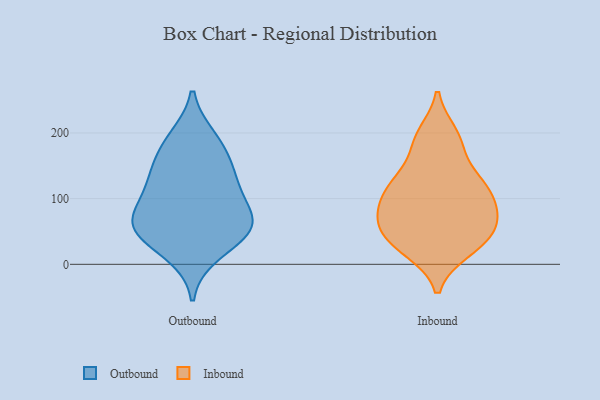
{"axis": {"x": "Population (Million)", "y": "Value"}, "legend": ["Inbound", "Outbound"], "data": [{"x": "", "y": 62, "type": "Outbound"}, {"x": "", "y": 54, "type": "Outbound"}, {"x": "", "y": 50, "type": "Outbound"}, {"x": "", "y": 127, "type": "Outbound"}, {"x": "", "y": 191, "type": "Outbound"}, {"x": "", "y": 17, "type": "Outbound"}, {"x": "", "y": 58, "type": "Outbound"}, {"x": "", "y": 98, "type": "Outbound"}, {"x": "", "y": 65, "type": "Outbound"}, {"x": "", "y": 122, "type": "Outbound"}, {"x": "", "y": 180, "type": "Outbound"}, {"x": "", "y": 150, "type": "Outbound"}, {"x": "", "y": 49, "type": "Inbound"}, {"x": "", "y": 123, "type": "Inbound"}, {"x": "", "y": 25, "type": "Inbound"}, {"x": "", "y": 119, "type": "Inbound"}, {"x": "", "y": 121, "type": "Inbound"}, {"x": "", "y": 31, "type": "Inbound"}, {"x": "", "y": 111, "type": "Inbound"}, {"x": "", "y": 183, "type": "Inbound"}, {"x": "", "y": 73, "type": "Inbound"}, {"x": "", "y": 189, "type": "Inbound"}, {"x": "", "y": 71, "type": "Inbound"}, {"x": "", "y": 22, "type": "Inbound"}, {"x": "", "y": 131, "type": "Inbound"}, {"x": "", "y": 43, "type": "Inbound"}, {"x": "", "y": 85, "type": "Inbound"}, {"x": "", "y": 61, "type": "Inbound"}, {"x": "", "y": 197, "type": "Inbound"}, {"x": "", "y": 83, "type": "Inbound"}]}